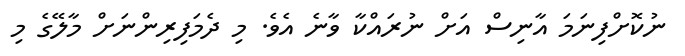
ނުކޮށްފިނަމަ އާނިސް އަށް ނުރަައްކާ ވާނެ އެވެ. މި ދެމަފިރިންނަށް މާލޭގެ މި